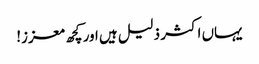
یہاں اکثر ذلیل ہیں اور کچھ معزز!